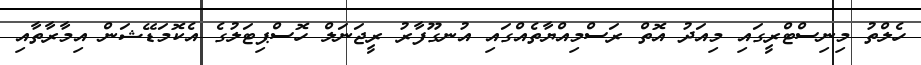
ހެލްތު މިނިސްޓްރީގައި މިއަދު އޮތް ރަސްމިއްޔާތެއްގައި އުނގޫފާރު ރީޖަނަލް ހޮސްޕިޓަލުގެ އެކޮމަޑޭޝަން އިމާރާތާއި